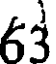
63